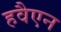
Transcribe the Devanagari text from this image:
हवैएन